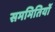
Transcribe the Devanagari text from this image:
सममितियों